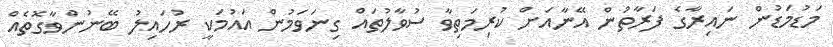
މަޑުމަޑުން ނައިރާގެ ފަރާތުން އޭނާއަށް ކުރިމަތިވާ ސުވާލުތައް ގިނަވަމުން އައުމަކީ ރުހައިލު ބޭނުންވާގޮތެއް